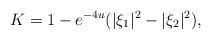
\begin{align*} K = 1 - e^{-4u} (|\xi_1|^2 - |\xi_2|^2),\end{align*}